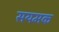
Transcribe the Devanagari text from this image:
सयमक